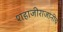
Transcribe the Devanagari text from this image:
शहाजीराजांनीच